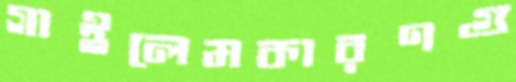
গাইলেমকারণগু